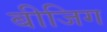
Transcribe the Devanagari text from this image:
बीजिग